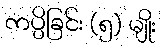
ကပ္ပိခြင်း (၅) မျိုး